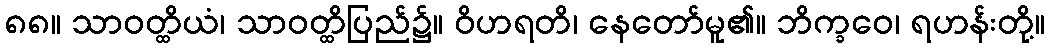
၈၈။ သာဝတ္ထိယံ၊ သာဝတ္ထိပြည်၌။ ဝိဟရတိ၊ နေတော်မူ၏။ ဘိက္ခဝေ၊ ရဟန်းတို့။